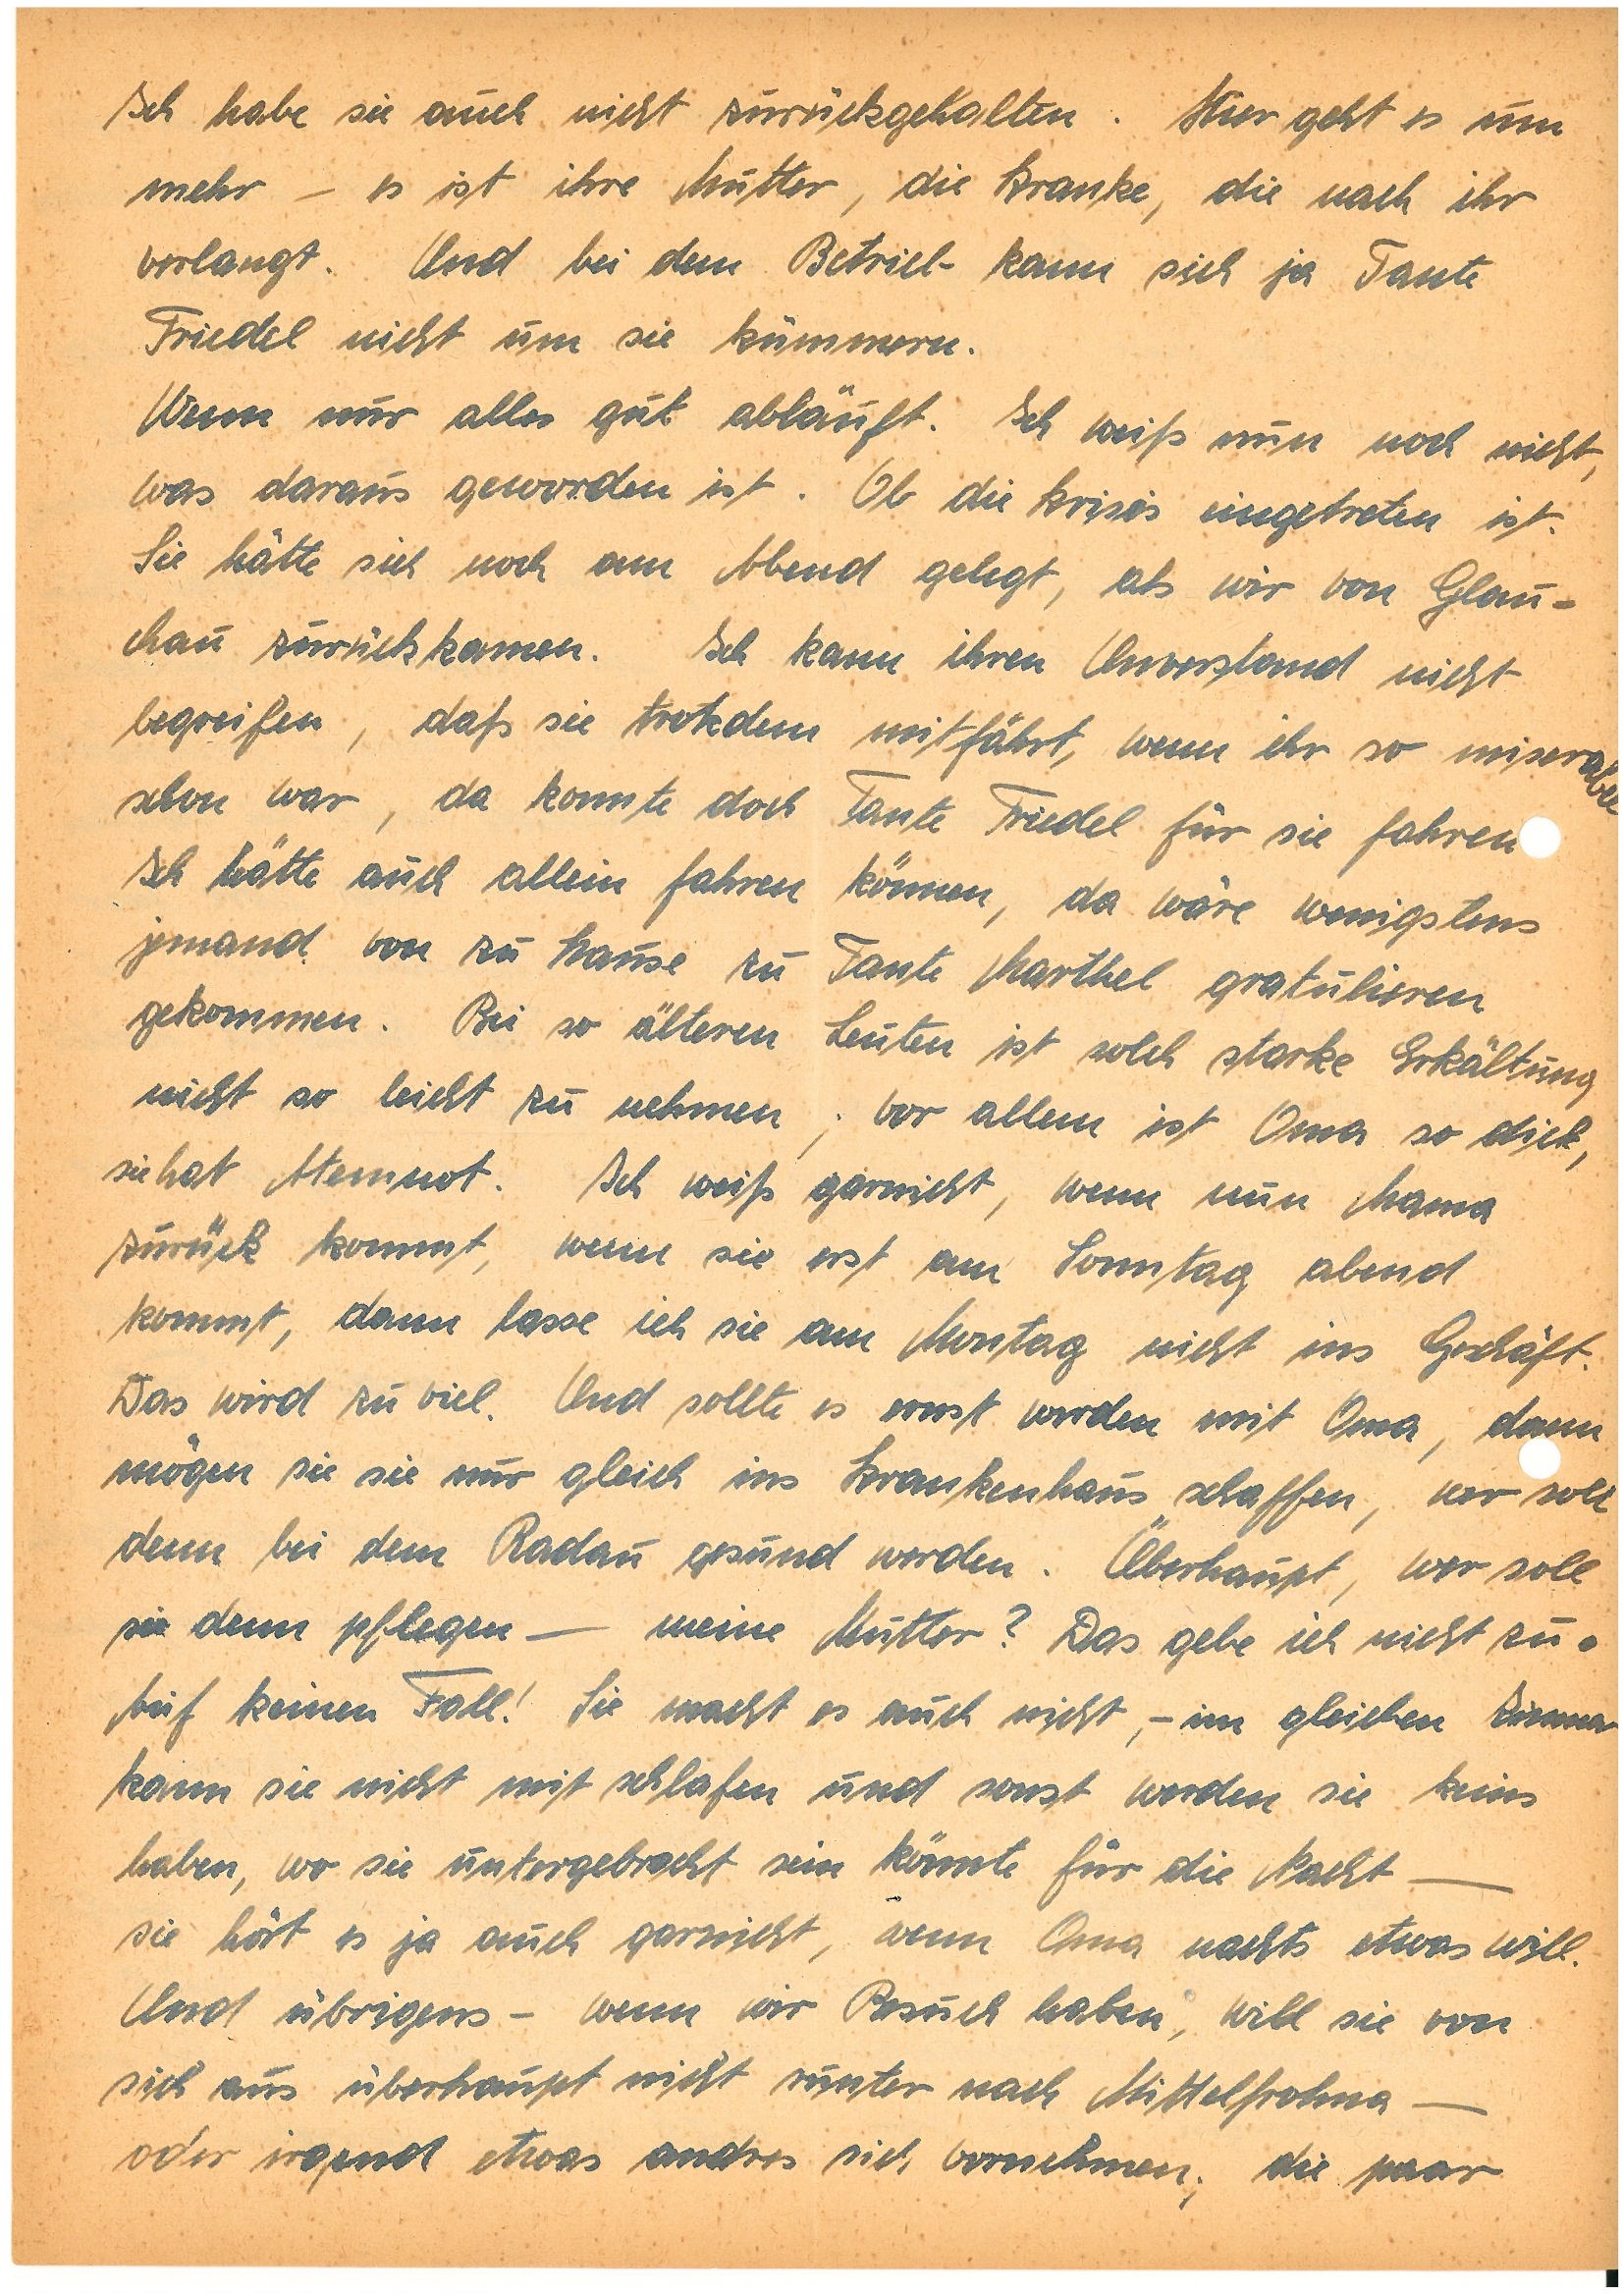
Ich habe sie auch nicht zurückgehalten. Hier geht es um
mehr – es ist ihre Mutter, die Kranke, die nach ihr
verlangt. Und bei dem Betrieb kann sich ja Tante
F. nicht um sie kümmern.
Wenn nur alles gut abläuft. Ich weiß nun noch nicht,
was daraus geworden ist. Ob die Krisis eingetreten ist.
Sie hätte sich noch am Abend gelegt, als wir von G.
zurückkamen. Ich kann ihren Unverstand nicht
begreifen, daß sie trotzdem mitfährt, wenn ihr so miserabel
schon war, da konnte doch Tante F. für sie fahren.
Ich hätte auch allein fahren können, da wäre wenigstens
jemand von zu Hause zu Tante M. gratulieren
gekommen. Bei so älteren Leuten ist solch starke Erkältung
nicht so leicht zu nehmen; vor allem ist Oma so dick,
sie hat Atemnot. Ich weiß garnicht, wenn nun Mama
zurück kommt, wenn sie erst am Sonntag abend
kommt, dann lasse ich sie am Montag nicht ins Geschäft.
Das wird zu viel. Und sollte es ernst werden mit Oma, dann
mögen sie sie nur gleich ins Krankenhaus schaffen, wer soll
denn bei dem Radau gesund werden. Überhaupt, wer soll
sie denn pflegen – meine Mutter? Das gebe ich nicht zu.
Auf keinen Fall! Sie macht es auch nicht, – im gleichen Zimmer
kann sie nicht mit schlafen und sonst werden sie keins
haben, wo sie untergebracht sein könnte für die Nacht –
sie hört es ja auch garnicht, wenn Oma nachts etwas will.
Und übrigens – wenn wir Besuch haben, will sie von
sich aus überhaupt nicht runter nach M. –
oder irgend etwas andres sich vornehmen; die paar